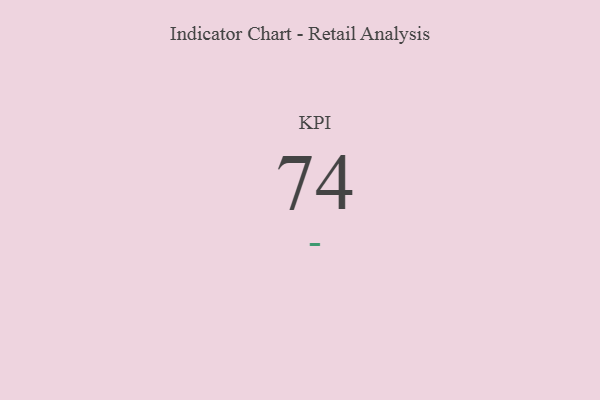
{"axis": {"x": "KPI", "y": "Value"}, "legend": [""], "data": [{"x": "KPI", "y": 74, "type": ""}]}